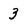
Character: 3